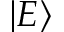
\vert E \rangle